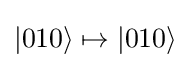
|010\rangle \mapsto |010\rangle